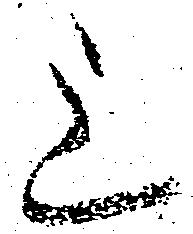
上